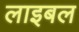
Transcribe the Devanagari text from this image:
लाइबल